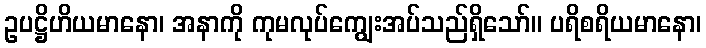
ဥပဋ္ဌိဟိယမာနော၊ အနာကို ကုမလုပ်ကျွေးအပ်သည်ရှိသော်။ ပရိစရိယမာနော၊